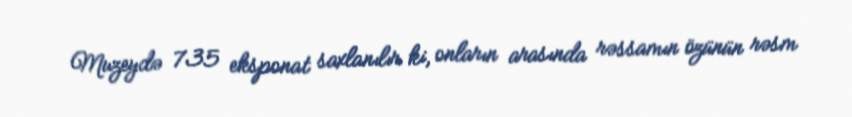
Muzeydə 735 eksponat saxlanılır ki, onların arasında rəssamın özünün rəsm